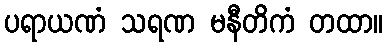
ပရာယဏံ သရဏ မနီတိကံ တထာ။